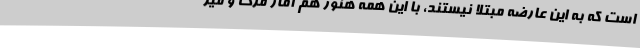
است که به این عارضه مبتلا نیستند، با این همه هنوز هم آمار مرگ و میر